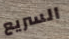
السريع